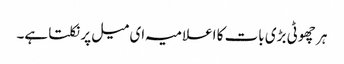
ہر چھوٹی بڑی بات کا اعلامیہ ای میل پر نکلتا ہے۔